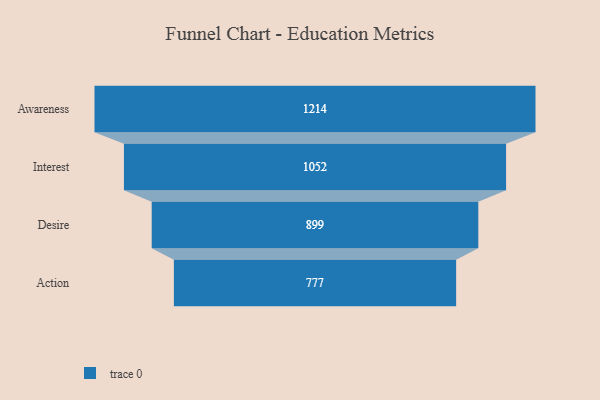
{"axis": {"x": "Stage", "y": "Value"}, "legend": [""], "data": [{"x": "Awareness", "y": 1214.0, "type": ""}, {"x": "Interest", "y": 1052.0, "type": ""}, {"x": "Desire", "y": 899.0, "type": ""}, {"x": "Action", "y": 777.0, "type": ""}]}